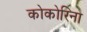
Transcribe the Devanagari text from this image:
कोकोरिना